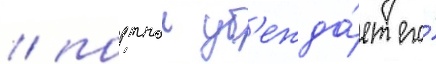
/ портнои уб'ежда́ет его́